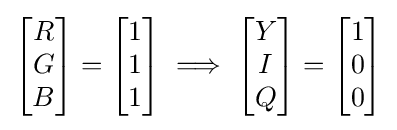
{\begin{bmatrix}R\\G\\B\end{bmatrix}}={\begin{bmatrix}1\\1\\1\end{bmatrix}}\implies {\begin{bmatrix}Y\\I\\Q\end{bmatrix}}={\begin{bmatrix}1\\0\\0\end{bmatrix}}